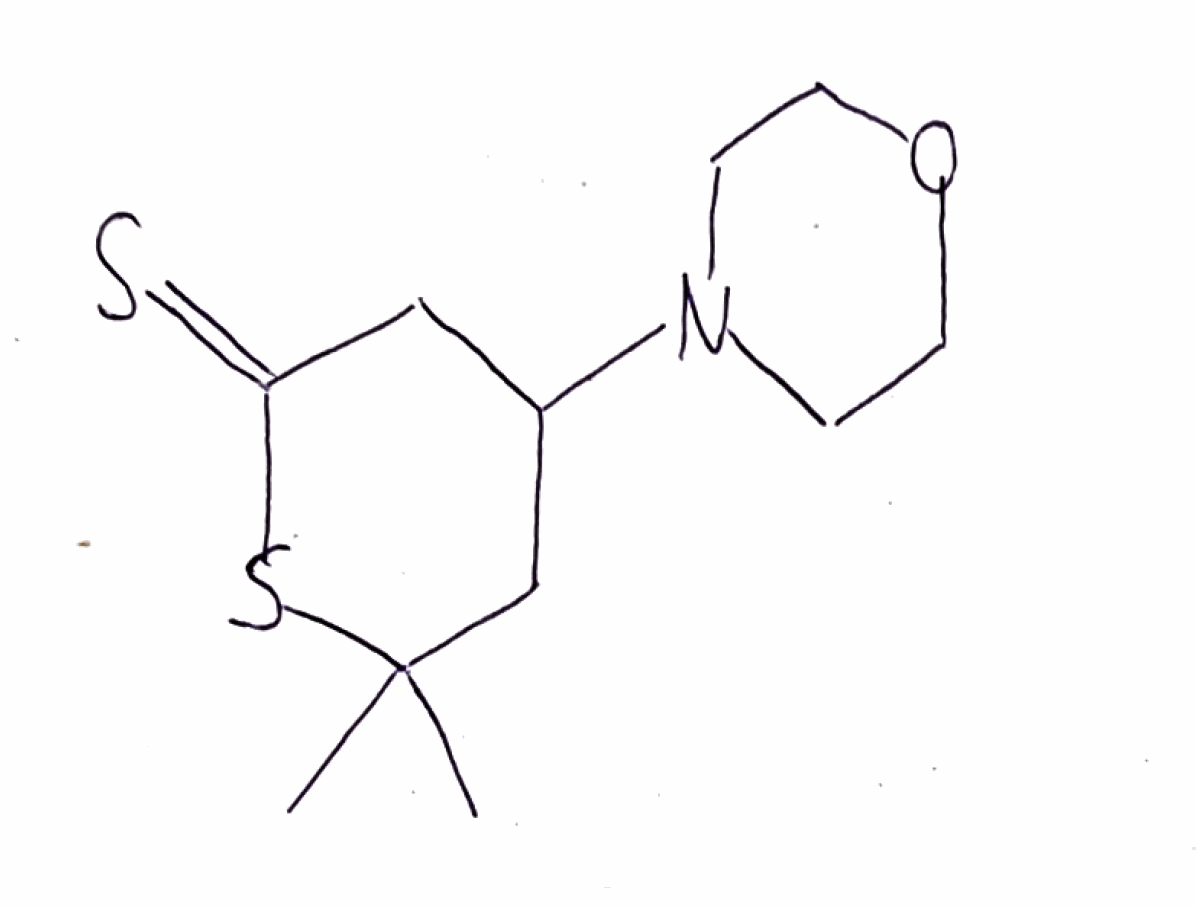
Simplified molecular-input line-entry system (SMILES) notation of the given molecule:
CC1(CC(CC(=S)S1)N2CCOCC2)C